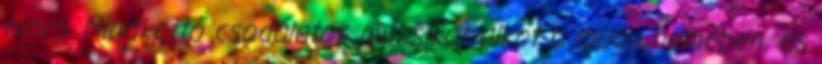
nincs. Mindkettő csodálatos muzsikát alkot a maga nemében, és